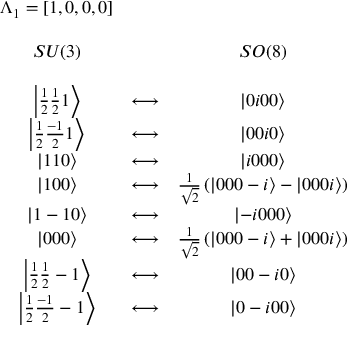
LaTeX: \begin{array} { c c c } { { \Lambda _ { 1 } = [ 1 , 0 , 0 , 0 ] } } & { { } } & { { } } \\ { { } } & { { } } & { { } } \\ { { S U ( 3 ) } } & { { } } & { { S O ( 8 ) } } \\ { { } } & { { } } & { { } } \\ { { \left| \frac 1 2 \frac 1 2 1 \right\rangle } } & { { \longleftrightarrow } } & { { \left| 0 i 0 0 \right\rangle } } \\ { { \left| \frac 1 2 \frac { - 1 } 2 1 \right\rangle } } & { { \longleftrightarrow } } & { { \left| 0 0 i 0 \right\rangle } } \\ { { \left| 1 1 0 \right\rangle } } & { { \longleftrightarrow } } & { { \left| i 0 0 0 \right\rangle } } \\ { { \left| 1 0 0 \right\rangle } } & { { \longleftrightarrow } } & { { \frac 1 { \sqrt { 2 } } \left( \left| 0 0 0 - i \right\rangle - \left| 0 0 0 i \right\rangle \right) } } \\ { { \left| 1 - 1 0 \right\rangle } } & { { \longleftrightarrow } } & { { \left| - i 0 0 0 \right\rangle } } \\ { { \left| 0 0 0 \right\rangle } } & { { \longleftrightarrow } } & { { \frac 1 { \sqrt { 2 } } \left( \left| 0 0 0 - i \right\rangle + \left| 0 0 0 i \right\rangle \right) } } \\ { { \left| \frac 1 2 \frac 1 2 - 1 \right\rangle } } & { { \longleftrightarrow } } & { { \left| 0 0 - i 0 \right\rangle } } \\ { { \left| \frac 1 2 \frac { - 1 } 2 - 1 \right\rangle } } & { { \longleftrightarrow } } & { { \left| 0 - i 0 0 \right\rangle } } \end{array}